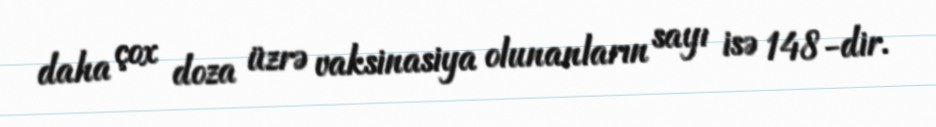
daha çox doza üzrə vaksinasiya olunanların sayı isə 148-dir.